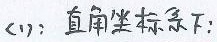
(1)：直角坐标系下：